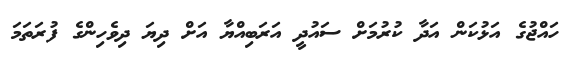
ހައްޖުގެ އަޅުކަން އަދާ ކުރުމަށް ސައުދީ އަރަބިއްޔާ އަށް ދިޔަ ދިވެހިންގެ ފުރަތަމަ